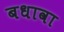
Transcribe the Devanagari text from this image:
बधावा